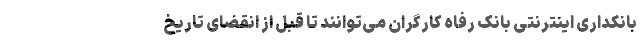
بانکداری اینترنتی بانک رفاه کارگران می‌توانند تا قبل از انقضای تاریخ